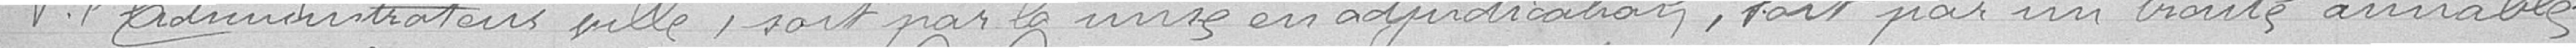
Pour l'administrateur ville, soit par la mise en adjudication, fait par un traité amiable